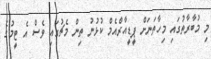
މި މުބާރާތުގައި މިހާތަނަށް ޕީޑީއާރްއެމް ކުޅުނު ތިން މެޗުގައި ވެސް އެ ޓީމުގެ